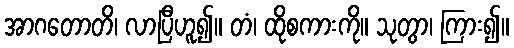
အာဂတောတိ၊ လာပြီဟူ၍။ တံ၊ ထိုစကားကို။ သုတွာ၊ ကြား၍။